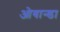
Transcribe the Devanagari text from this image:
ओबान्डा